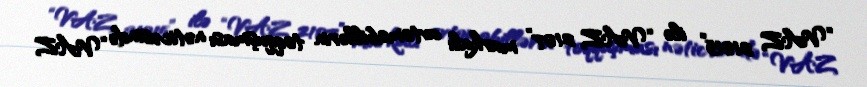
“VAZ 21015” ilə “VAZ 2107” markalı avtomobillərin toqquşması nəticəsində “VAZ